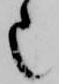
也